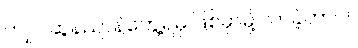
ကျုပ် ဆွန်ညာနဲ့တွေ့ရမှ ဖြစ်မှာမို့ လာခဲ့တာပါ။